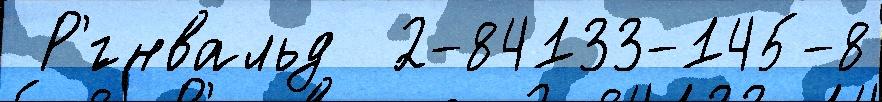
 Р'́гнвальд  2-84133-145-8